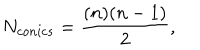
N _ { c o n i c s } = \frac { ( n ) ( n - 1 ) } { 2 } ,